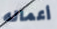
أعماله